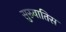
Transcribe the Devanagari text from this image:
सुरुवातिस